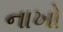
નાખો